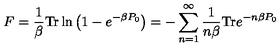
F = \frac { 1 } { \beta } \mathrm { T r } \ln \left( 1 - e ^ { - \beta P _ { 0 } } \right) = - \sum _ { n = 1 } ^ { \infty } \frac { 1 } { n \beta } \mathrm { T r } e ^ { - n \beta P _ { 0 } }